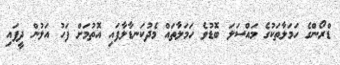
ޑްރޯންގެ ހަމަލާތަކުގެ މައްސަލަ ބޮޑުވެ ހަމަލާތައް މެދުކަނޑާލާފައި އޮތުމަށް ފަހު އަލުން ދީފައި